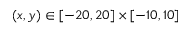
( x , y ) \in [ - 2 0 , 2 0 ] \times [ - 1 0 , 1 0 ]